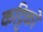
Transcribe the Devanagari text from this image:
कट्टिको